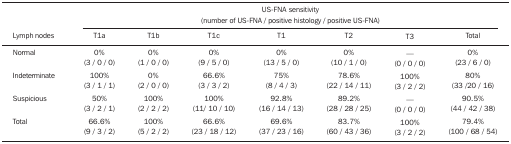
|  | <COLSPAN=7> US-FNA sensitivity (number of US-FNA /positive histology / positive US-FNA) |
 | Lymph nodes | T1a | T1b | T1c | T1 | T2 | T3 | Total |
 | --- | --- | --- | --- | --- | --- | --- | --- |
 | Normal | 0% | 0% | 0% | 0% | 0% | — | 0% |
 |  | (3 / 0 / 0) | (1 / 0 / 0) | (9 / 5 / 0) | (13 / 5 / 0) | (10 / 1 / 0) | (0 / 0 / 0) | (23 / 6 / 0) |
 | Indeterminate | 100% | 0% | 66.6% | 75% | 78.6% | 100% | 80% |
 |  | (3 / 1 / 1) | (2 / 0 / 0) | (3 / 3 / 2) | (8 / 4 / 3) | (22 / 14 / 11) | (3 / 2 / 2) | (33 /20 / 16) |
 | Suspicious | 50% | 100% | 100% | 92.8% | 89.2% | — | 90.5% |
 |  | (3 / 2 / 1) | (2 / 2 / 2) | (11/ 10 / 10) | (16 / 14 / 13) | (28 / 28 / 25) | (0 / 0 / 0) | (44 / 42 / 38) |
 | Total | 66.6% | 100% | 66.6% | 69.6% | 83.7% | 100% | 79.4% |
 |  | (9 / 3 / 2) | (5 / 2 / 2) | (23 / 18 / 12) | (37 / 23 / 16) | (60 / 43 / 36) | (3 / 2 / 2) | (100 / 68 / 54) |